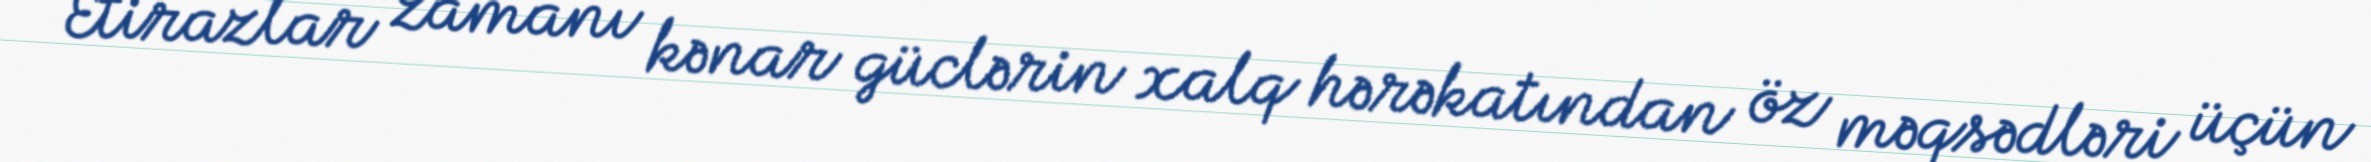
- Etirazlar zamanı kənar güclərin xalq hərəkatından öz məqsədləri üçün